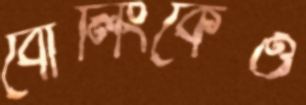
বোলিংকেও